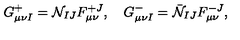
G _ { \mu \nu I } ^ { + } = { \cal N } _ { I J } F _ { \mu \nu } ^ { + J } , \quad G _ { \mu \nu I } ^ { - } = \bar { \cal N } _ { I J } F _ { \mu \nu } ^ { - J } ,